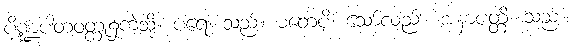
ပိဏ္ဍပါတဝတ္ထု၌ကဲ့သို့။ ပရေ၊ သည်။ မတေပိ၊ သော်လည်း။ အနာပတ္တိ၊ သည်။